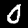
Label: 0